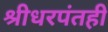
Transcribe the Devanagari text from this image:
श्रीधरपंतही